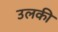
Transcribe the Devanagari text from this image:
उलकी